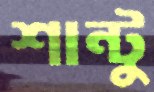
শান্টু